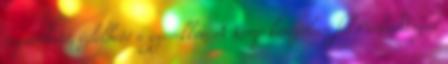
tapintható, ízlelhető a gyerekkor. A Komp kávézóban fél Párkán�nyal